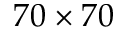
7 0 \times 7 0